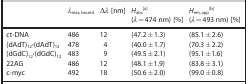
<table><thead><tr><td><b> </b></td><td><b><i>λ</i><sub>max, bound</sub></b></td><td><b>Δ<i>λ</i> [nm]</b></td><td><b><i>H</i><sub>abs</sub><sup>[a]</sup> (<i>λ</i>=474 nm) [%]</b></td><td><b><i>H</i><sub>em, app</sub><sup>[b]</sup> (<i>λ</i>=493 nm) [%]</b></td></tr></thead><tbody><tr><td>ct‐DNA</td><td>486</td><td>12</td><td>(47.2±1.3)</td><td>(85.1±2.6)</td></tr><tr><td>(dAdT)<sub>12</sub><b>⋅</b>(dAdT)<sub>12</sub></td><td>478</td><td>4</td><td>(40.0±1.7)</td><td>(70.3±2.2)</td></tr><tr><td>(dGdC)<sub>12</sub><b>⋅</b>(dGdC)<sub>12</sub></td><td>483</td><td>9</td><td>(49.5±2.1)</td><td>(95.1±1.6)</td></tr><tr><td>22AG</td><td>486</td><td>12</td><td>(48.1±1.9)</td><td>(83.8±3.1)</td></tr><tr><td>c‐myc</td><td>492</td><td>18</td><td>(50.6±2.0)</td><td>(99.0±0.8)</td></tr></tbody></table>